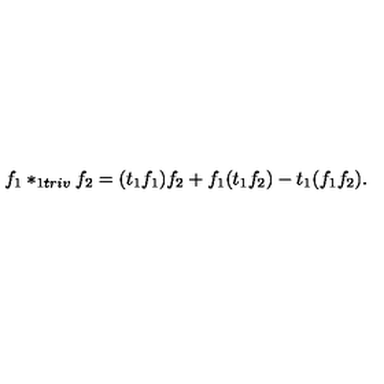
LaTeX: f _ { 1 } * _ { 1 t r i v } f _ { 2 } = ( t _ { 1 } f _ { 1 } ) f _ { 2 } + f _ { 1 } ( t _ { 1 } f _ { 2 } ) - t _ { 1 } ( f _ { 1 } f _ { 2 } ) .